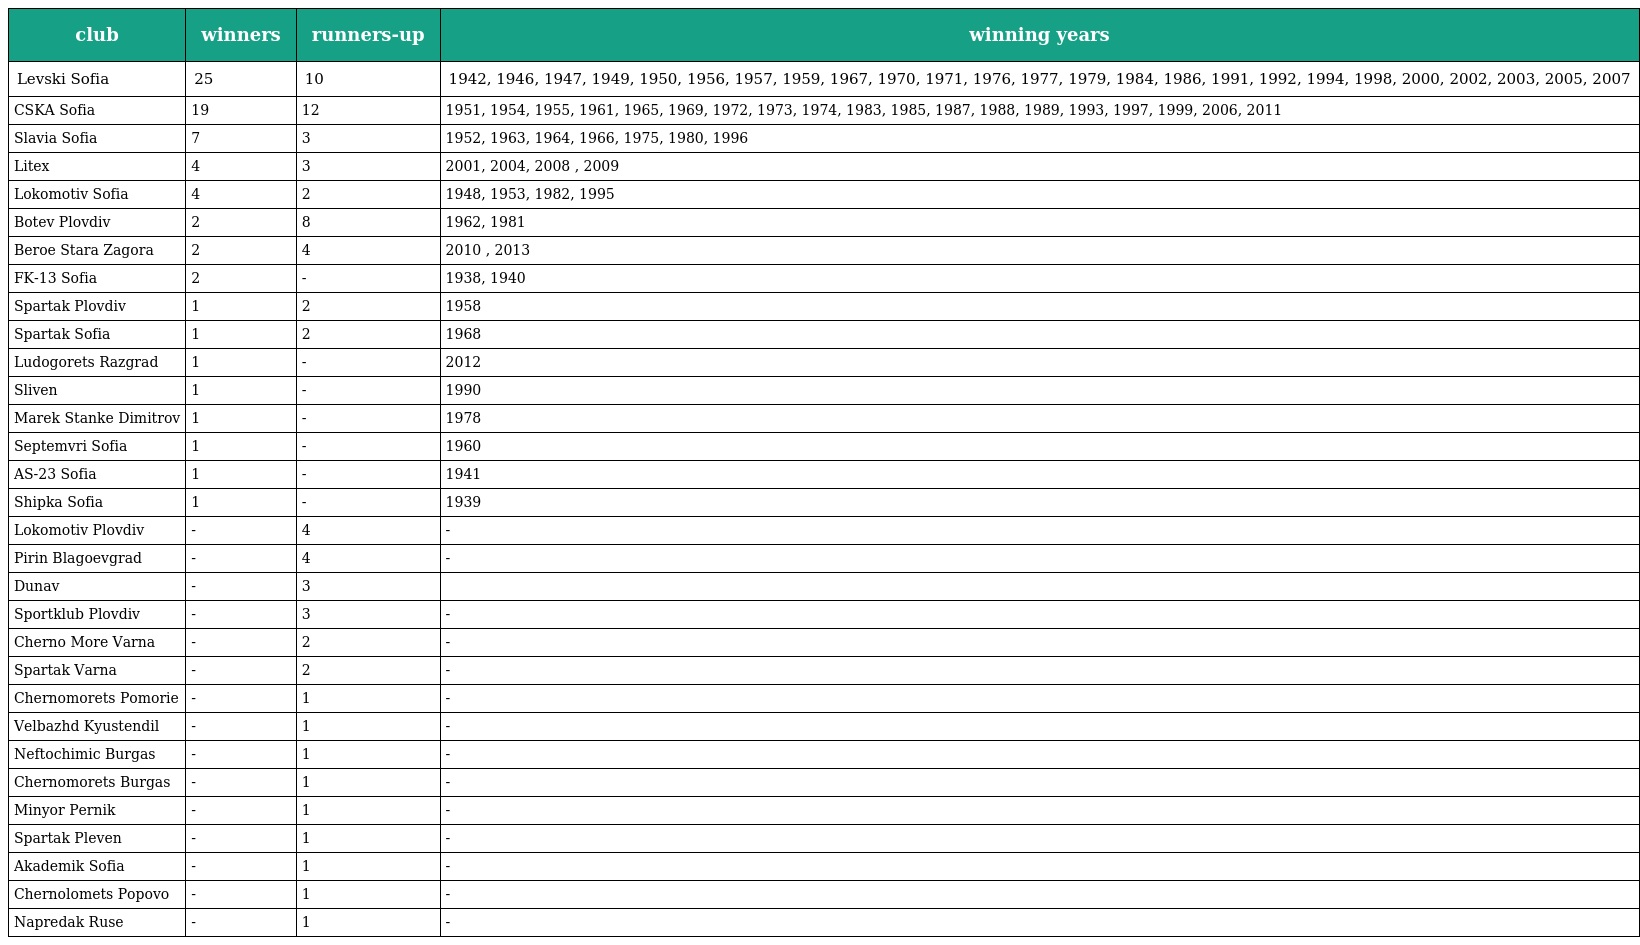
| club | winners | runners-up | winning years |
 | --- | --- | --- | --- |
 | Levski Sofia | 25 | 10 | 1942, 1946, 1947, 1949, 1950, 1956, 1957, 1959, 1967, 1970, 1971, 1976, 1977, 1979, 1984, 1986, 1991, 1992, 1994, 1998, 2000, 2002, 2003, 2005, 2007 |
 | CSKA Sofia | 19 | 12 | 1951, 1954, 1955, 1961, 1965, 1969, 1972, 1973, 1974, 1983, 1985, 1987, 1988, 1989, 1993, 1997, 1999, 2006, 2011 |
 | Slavia Sofia | 7 | 3 | 1952, 1963, 1964, 1966, 1975, 1980, 1996 |
 | Litex | 4 | 3 | 2001, 2004, 2008 , 2009 |
 | Lokomotiv Sofia | 4 | 2 | 1948, 1953, 1982, 1995 |
 | Botev Plovdiv | 2 | 8 | 1962, 1981 |
 | Beroe Stara Zagora | 2 | 4 | 2010 , 2013 |
 | FK-13 Sofia | 2 | - | 1938, 1940 |
 | Spartak Plovdiv | 1 | 2 | 1958 |
 | Spartak Sofia | 1 | 2 | 1968 |
 | Ludogorets Razgrad | 1 | - | 2012 |
 | Sliven | 1 | - | 1990 |
 | Marek Stanke Dimitrov | 1 | - | 1978 |
 | Septemvri Sofia | 1 | - | 1960 |
 | AS-23 Sofia | 1 | - | 1941 |
 | Shipka Sofia | 1 | - | 1939 |
 | Lokomotiv Plovdiv | - | 4 | - |
 | Pirin Blagoevgrad | - | 4 | - |
 | Dunav | - | 3 |  |
 | Sportklub Plovdiv | - | 3 | - |
 | Cherno More Varna | - | 2 | - |
 | Spartak Varna | - | 2 | - |
 | Chernomorets Pomorie | - | 1 | - |
 | Velbazhd Kyustendil | - | 1 | - |
 | Neftochimic Burgas | - | 1 | - |
 | Chernomorets Burgas | - | 1 | - |
 | Minyor Pernik | - | 1 | - |
 | Spartak Pleven | - | 1 | - |
 | Akademik Sofia | - | 1 | - |
 | Chernolomets Popovo | - | 1 | - |
 | Napredak Ruse | - | 1 | - |